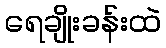
ရေချိုးခန်းထဲ